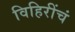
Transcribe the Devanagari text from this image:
विहिरींचं